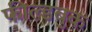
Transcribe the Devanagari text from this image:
फील्डबुक